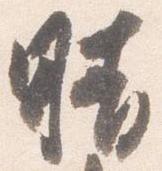
晴